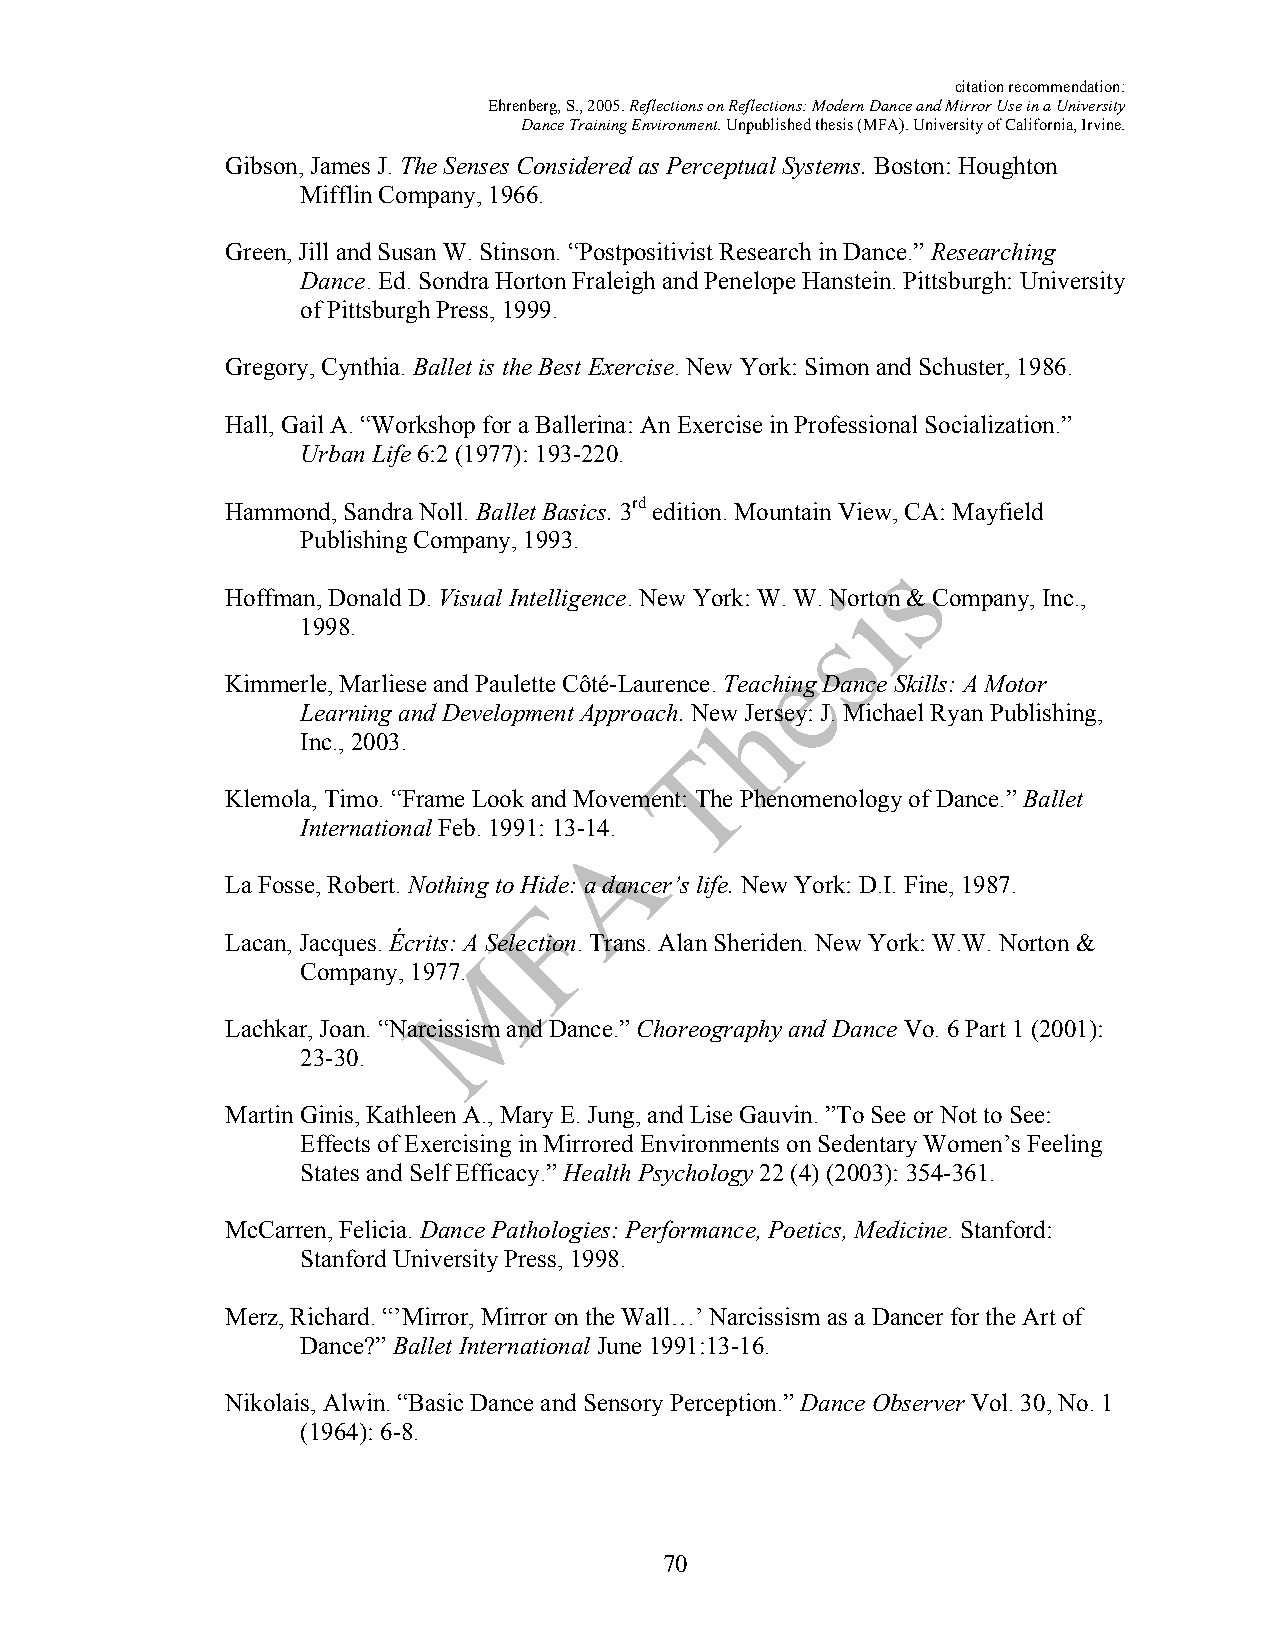
citation recommendation:
 Ehrenberg, S., 2005. Reflections on Reflections: Modern Dance and Mirror Use in a University
 Dance Training Environment. Unpublished thesis (MFA). University of California, Irvine.
 Gibson, James J. The Senses Considered as Perceptual Systems. Boston: Houghton
 Mifflin Company, 1966.
 Green, Jill and Susan W. Stinson. “Postpositivist Research in Dance.” Researching
 Dance. Ed. Sondra Horton Fraleigh and Penelope Hanstein. Pittsburgh: University
 of Pittsburgh Press, 1999.
 Gregory, Cynthia. Ballet is the Best Exercise. New York: Simon and Schuster, 1986.
 Hall, Gail A. “Workshop for a Ballerina: An Exercise in Professional Socialization.”
 Urban Life 6:2 (1977): 193-220.
 Hammond, Sandra Noll. Ballet Basics. 3rd edition. Mountain View, CA: Mayfield
 Publishing Company, 1993.
 Hoffman, Donald D. Visual Intelligence. New York: W. W. Norton & Company, Inc.,
 1998.
 Kimmerle, Marliese and Paulette Côté-Laurence. Teaching Dance Skills: A Motor
 Learning and Development Approach. New Jersey: J. Michael Ryan Publishing,
 Inc., 2003.
 Klemola, Timo. “Frame Look and Movement: The Phenomenology of Dance.” Ballet
 International Feb. 1991: 13-14.
 La Fosse, Robert. Nothing to Hide: a dancer’s life. New York: D.I. Fine, 1987.
 Lacan, Jacques. Écrits: A Selection. Trans. Alan Sheriden. New York: W.W. Norton &
 Company, 1977.
 Lachkar, Joan. “Narcissism and Dance.” Choreography and Dance Vo. 6 Part 1 (2001):
 23-30.
 Martin Ginis, Kathleen A., Mary E. Jung, and Lise Gauvin. ”To See or Not to See:
 Effects of Exercising in Mirrored Environments on Sedentary Women’s Feeling
 States and Self Efficacy.” Health Psychology 22 (4) (2003): 354-361.
 McCarren, Felicia. Dance Pathologies: Performance, Poetics, Medicine. Stanford:
 Stanford University Press, 1998.
 Merz, Richard. “’Mirror, Mirror on the Wall…’ Narcissism as a Dancer for the Art of
 Dance?” Ballet International June 1991:13-16.
 Nikolais, Alwin. “Basic Dance and Sensory Perception.” Dance Observer Vol. 30, No. 1
 (1964): 6-8.
 70